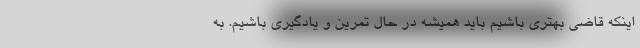
اینکه قاضی بهتری باشیم باید همیشه در حال تمرین و یادگیری باشیم. به